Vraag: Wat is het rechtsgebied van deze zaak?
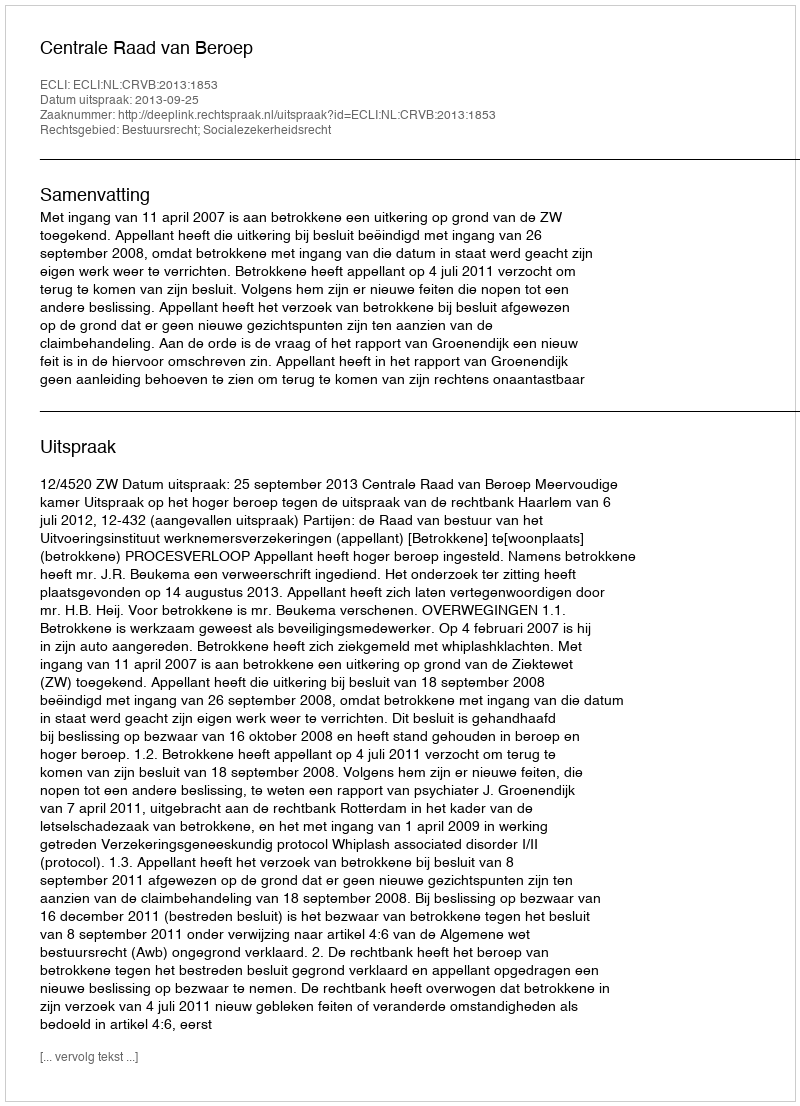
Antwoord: Bestuursrecht; Socialezekerheidsrecht